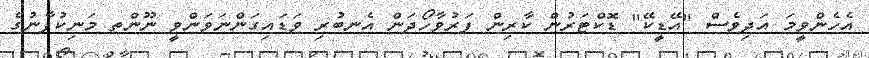
އެހެންވީމަ އަދިވެސް "އޭޑީކޭ" ޑޮކްޓަރުން ކާރިން ފަރުވާހޯދަން އެނބުރި ވަޑައިގަންނަވަންވީ ނޫންތ މަނިކުފާނުގެ